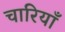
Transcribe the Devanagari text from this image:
चारियाँ